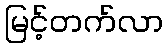
မြင့်တက်လာ